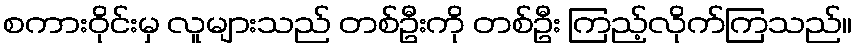
စကားဝိုင်းမှ လူများသည် တစ်ဦးကို တစ်ဦး ကြည့်လိုက်ကြသည်။